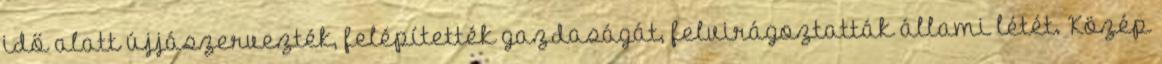
idő alatt újjászervezték, felépítették gazdaságát, felvirágoztatták állami létét. Közép